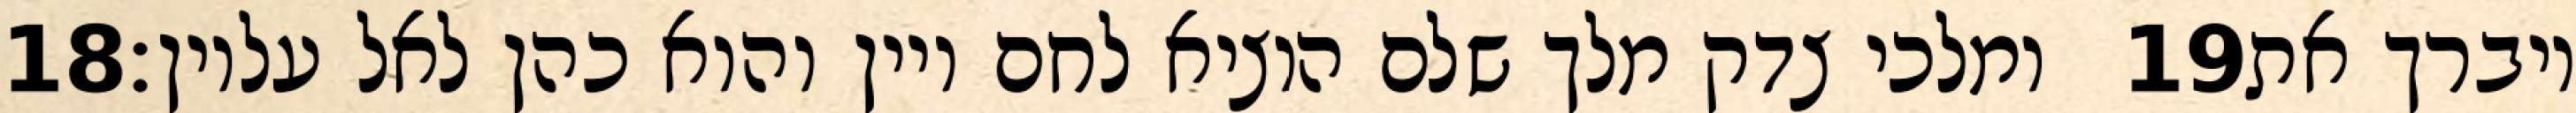
‎18‏ ומלכי צדק מלך שלם הוציא לחם ויין והוא כהן לאל עליון׃ ‎19‏ ויברך את